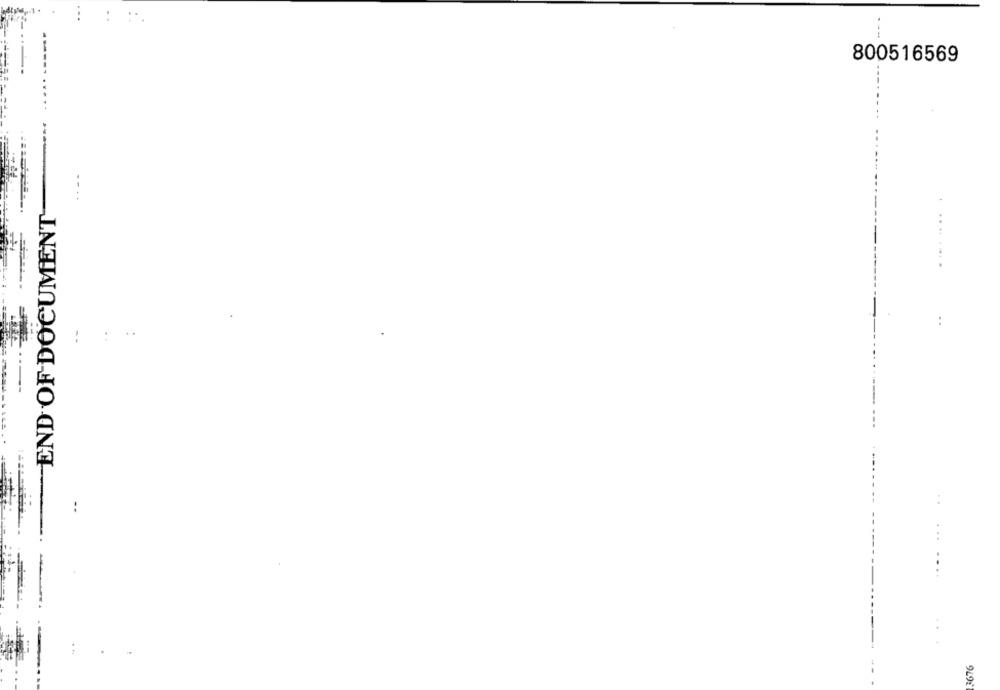
800516569
...
END OF DOCUMENT
. ........
=
:
..
--
. ..
3676